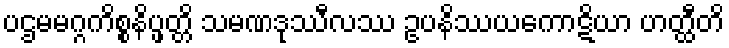
ပဌမမဂ္ဂကိစ္စနိပ္ဖတ္တိ သမဏဒုဿီလဿ ဥပနိဿယကောဋိယာ ဟတ္ထီတိ